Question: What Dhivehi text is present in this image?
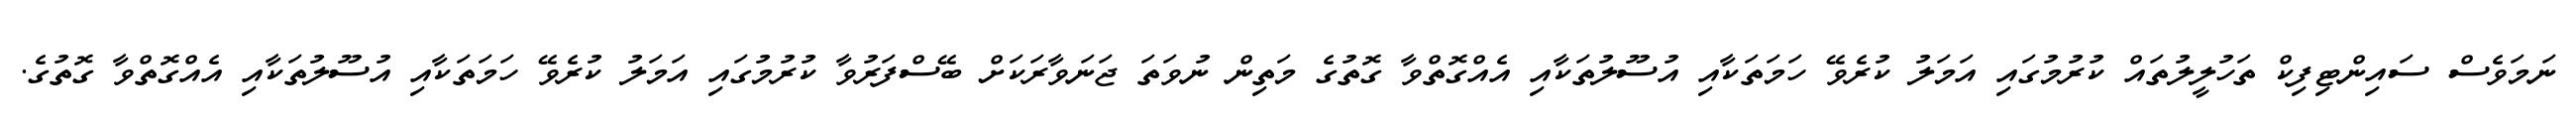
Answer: ނަމަވެސް ސައިންޓިފިކް ތަހުލީލުތައް ކުރުމުގައި އަމަލު ކުރެވޭ ހަމަތަކާއި އުސޫލުތަކާއި އެއްގޮތްވާ ގޮތުގެ މަތިން ނުވަތަ ޖަނަވާރަކަށް ބޭސްފަރުވާ ކުރުމުގައި އަމަލު ކުރެވޭ ހަމަތަކާއި އުސޫލުތަކާއި އެއްގޮތްވާ ގޮތުގެ.